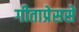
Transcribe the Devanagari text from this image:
गीताप्रेससे